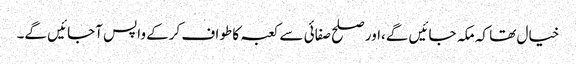
خیال تھا کہ مکہ جائیں گے،اور صلح صفائی سے کعبہ کا طواف کرکے واپس آجائیں گے۔